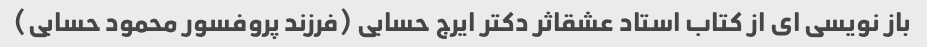
باز نویسی ای از کتاب استاد عشقاثر دکتر ایرج حسابی (فرزند پروفسور محمود حسابی)